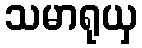
သမာရုယှ